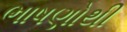
ભાષણોથી